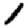
Digit: 1